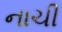
નાચી